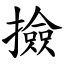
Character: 撿